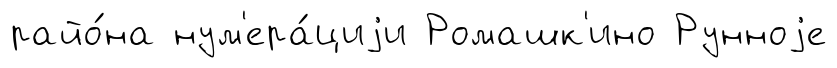
райо́на нум'ера́циjи Ромашк'ино Рунноjе